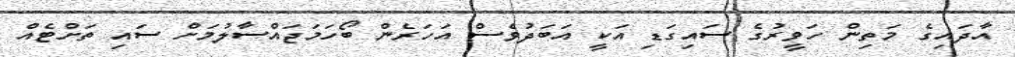
އާދައިގެ މަތިން ހަވީރުގެ ސައިގަޑި އަކީ އަބަދުވެސް އަހަރެން ބޯހަމަޖައްސާލުމަށް ސައި ތަށްޓެއް